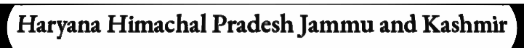
Haryana Himachal Pradesh Jammu and Kashmir